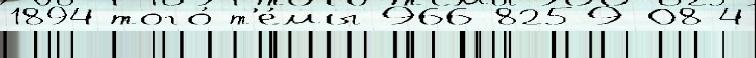
1894 того́ т'е́мы 966-8259-08-4